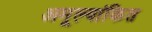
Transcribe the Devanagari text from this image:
अमूल्यांकित